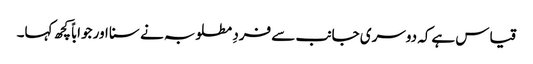
قیاس ہےکہ دوسری جانب سے فردِ مطلوبہ نے سنا اور جواباً کچھ کہا۔